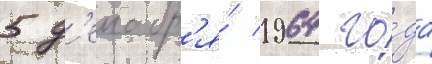
5 д'екабр'я́ 1964 го́да